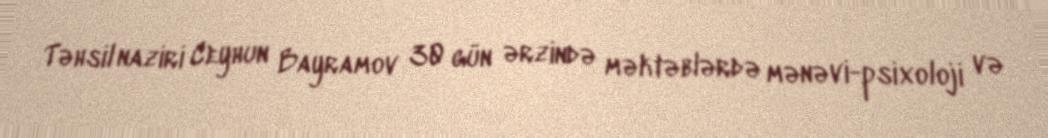
Təhsil naziri Ceyhun Bayramov 30 gün ərzində məktəblərdə mənəvi-psixoloji və